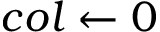
c o l \gets 0